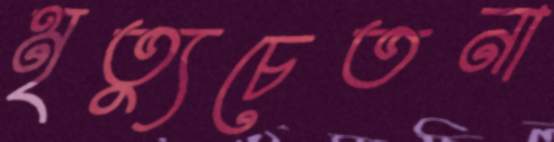
মৃত্যুচেতনা